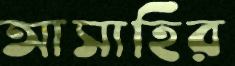
আসাহির